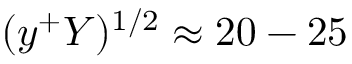
( y ^ { + } Y ) ^ { 1 / 2 } \approx 2 0 - 2 5